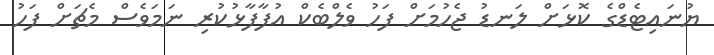
ޔުނައިޓެޑްގެ ކޮޅަށް ލަނޑު ޖެހުމަށް ފަހު ވެލްބެކް އުފާފާޅުކުރި ނަމަވެސް މެޗަށް ފަހު